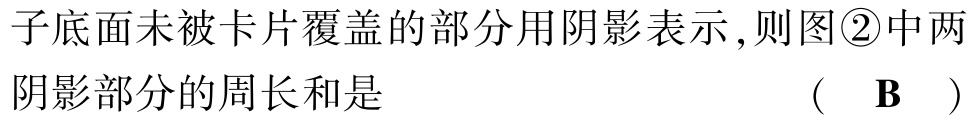
子底面未被卡片覆盖的部分用阴影表示,则图\textcircled{2}中两阴影部分的周长和是 （ B ）